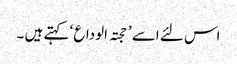
اس لئے اسے ’ حجتہ الوداع ‘ کہتے ہیں ۔